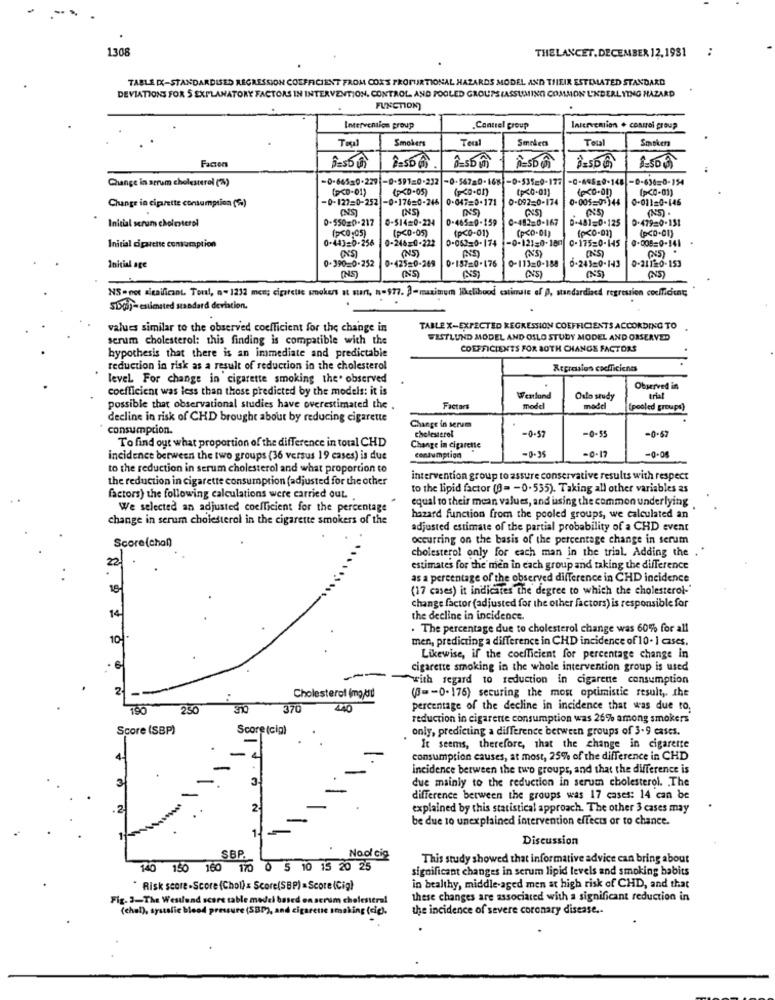
1308
THELANCET.DECEMBER 12,1981
TABLE [X-STANDARDISED REGRESSION COEFFICIENT FROM COES PROPURTIONAL HAZARDS MODEL AND THEIR ESTIMATED STANDARD
DEVIATIONS FOR 5 EXPLANATORY FACTORS IN INTERVENTION. CONTROL AND FOOLED GROUPS(ASSUMING COMMON UNDERLYING HAZARD
FUNCTION)
Intervention proup
.Contrel group
Intervention . control group
Tou
Tera
Smokers
Total
Smokers
Smokers
Facten
Paso un
3-som
Change in arrum cholesterol (%)
-0-64520-229 -0-59T=0-232 -0-56780-168 -0-53529-177
-0-48820-148 -0-636=0-154
(><0-01)
(p<0-01)
(p<0-01)
-0-127=0-252 -0-176=0-246
0-047=0-171
0-092-0-174
0-005-07344
0-01120-146
Change in ciprette consumption (5)
(NS)
0-550=0-217
0-514=0-224
0-465=0-159
0-482=0-167
D-481=0-125
0.47920-131
Initial serum cholesterol
(P<0-05)
(p<0-01)
(p<0-0)
(p<0-01)
(p<0.01)
0-443-0-256
(><0,05)
0-246=0-222
0-062-0-174
-0-121=0-180
0-175=0-145
9.005=0-141
Initial cigarette comamaption
.
0.390-0-252
(NS)
0-425=0-269
(NS)
0-157=0-176
0-113=0-188
0-21120-153
74
Initial age
0-243=0-143
INS)
INS
(NS)
NS=not significant. Tout, a- 1232 men; cigarette smokens at start, n-$77. 2-maximum likelihood estimate of 0, standardiacd regression coefficient;
SDgif- estimated standard deviation.
values similar to the observed coefficient for the change in
TABLE X-EXPECTED REGRESSION COEFFICIENTS ACCORDING TO
scrum cholesterol: this finding is compatible with the
WESTLUND MODEL AND OSLO STUDY MODEL AND ORSERVED
COEFFICIENTS FOR BOTH CHANGE FACTORS
hypothesis that there is an immediate and predictable
reduction in risk as a result of reduction in the cholesterol
Repression coefficients
level For change in cigarette smoking the. observed
coefficient was less than those predicted by the models: it is
Observed in
Weatlond
Oslo study
trial
possible that observational studies have overestimated the
Factors
model
mode
(pooled groups)
decline in risk of CHD brought about by reducing cigarette
consumption.
Change in serum
cholesterol
-0-55
=0.67
To find out what proportion of the difference in total CHD
-0-57
Change in cigarette
-0-35
-0-17
-0.04
incidence between the two groups (36 versus 19 cases) is due
consumption
to the reduction in serum cholesterol and what proportion to
the reduction in cigarette consumption (adjusted for the other
intervention group to assure conservative results with respect
to the lipid factor (0= - 0.535). Taking all other variables as
factors) the following calculations were carried out.
equal to their mean values, and iasing the common underlying
We selected an adjusted coefficient for the percentage
change in serum cholesterol in the cigarette smokers of the
hazard function from the pooled groups, we calculated an
adjusted estimate of the partial probability of a CHD event
Score(chan)
occurring on the basis of the percentage change in serum
cholesterol only for each man in the trial, Adding the .
22
estimates for the men in each group and taking the difference
as a percentage of the observed difference in CHD incidence
18
(17 cases) it indicates the degree to which the cholesterol-
change factor (adjusted for the other factors) is responsible for
14
the decline in incidence.
. The percentage due to cholesterol change was 60% for all
10!
men, predicting a difference in CHD incidence of 10. I cases,
Likewise, if the coefficient for percentage change in
cigarette smoking in the whole intervention group is used
with regard to reduction in cigarette consumption
2
(0 =- 0-176) securing the most optimistic result ,. the
Cholesterol (mg/d !!
190
250
370
440
percentage of the decline in incidence that was due to.
reduction in cigarette consumption was 26% among smokers
Score (SBP)
Score (cia)
only, predicting a difference between groups of 3-9 cases.
It seems, therefore, that the change in cigarette
consumption causes, at most, 25% of the difference in CHD
incidence between the two groups, and that the difference is
due mainly to the reduction in serum cholesterol. The
difference between the groups was 17 cases: 14 can be
2
explained by this statistical approach. The other 3 cases may
be due 10 unexplained intervention effects or to chance.
1.
Discussion
SBP.
Naol cig
This study showed that informative advice can bring about
140 150 160 170 0 5 10 15 20 25
significant changes in serum lipid levels and smoking babits
Risk score-Score (Chol) = Score(SBP) = Score (Cig)
in healthy, middle-aged men at high risk of CHD, and that
Fig. 3-The Westlund score table model based on scrum cholesteral
these changes are associated with a significant reduction in
(chal), systolic blood pressure (5BP), and cigarette smoking (cic),
the incidence of severe coronary disease ..